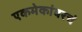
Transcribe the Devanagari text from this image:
एकमेकांवरचं